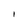
Character: I